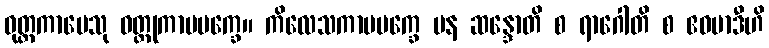
ဝုတ္တကာမေသု ဝတ္ထုကာမပက္ခေ။ ကိလေသကာမပက္ခေ ပန ဆန္ဒောတိ စ ရာဂေါတိ စ ဧဝမာဒီဟိ